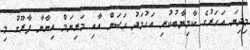
މިދިޔަ އަހަރުގެ ކާމިޔާބުކުރި އަހުމަދު ހަސަން އާއި މަރިޔަމް އިނާޔާ ފާރޫގު މި